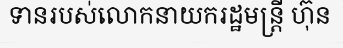
ទានរបស់លោកនាយករដ្ឋមន្ត្រី ហ៊ុន